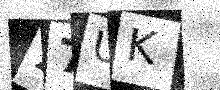
Text: 27UK